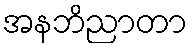
အနဘိညာတာ